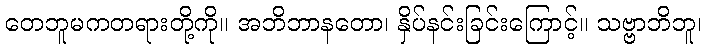
တေဘူမကတရားတို့ကို။ အဘိဘာနတော၊ နှိပ်နင်းခြင်းကြောင့်။ သဗ္ဗာဘိဘူ၊